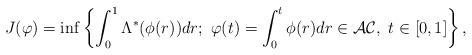
LaTeX: \begin{align*}J(\varphi)=\inf\left\{\int^{1}_{0}\Lambda^{*}(\phi(r))dr; ~\varphi(t)=\int^{t}_{0} \phi(r)dr\in \mathcal{AC},~t\in[0,1]\right\},\end{align*}